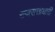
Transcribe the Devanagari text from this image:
राजसत्ताधारी